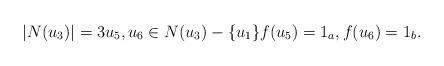
LaTeX: \begin{align*}|N(u_3)|=3 u_5,u_6 \in N(u_3)-\{u_1\} f(u_5)=1_a, f(u_6)=1_b.\end{align*}